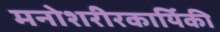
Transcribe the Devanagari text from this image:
मनोशरीरकार्यिकी